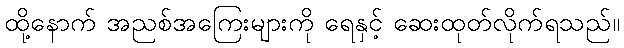
ထို့နောက် အညစ်အကြေးများကို ရေနှင့် ဆေးထုတ်လိုက်ရသည်။